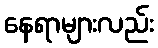
နေရာများလည်း